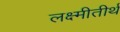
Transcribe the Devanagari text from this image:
लक्ष्मीतीर्थ